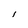
Character: l